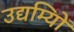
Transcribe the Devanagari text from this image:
उद्यम्यिों